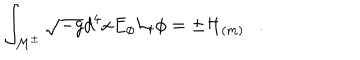
\int _ { { \cal M } ^ { \pm } } \sqrt { - g } d ^ { 4 } x E _ { \phi } { \cal L } _ { t } \phi = \pm { \cal H } _ { ( m ) } .